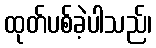
ထုတ်ပစ်ခဲ့ပါသည်၊